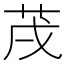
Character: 𦮠